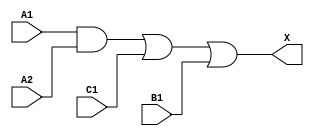
module sky130_fd_sc_ls__a211o (
    X ,
    A1,
    A2,
    B1,
    C1
);

    // Module ports
    output X ;
    input  A1;
    input  A2;
    input  B1;
    input  C1;

    // Local signals
    wire and0_out ;
    wire or0_out_X;

    //  Name  Output     Other arguments
    and and0 (and0_out , A1, A2          );
    or  or0  (or0_out_X, and0_out, C1, B1);
    buf buf0 (X        , or0_out_X       );

endmodule